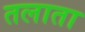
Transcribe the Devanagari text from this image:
तलाता